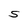
Character: S